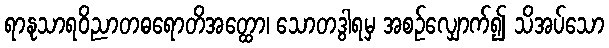
ရာနုသာရဝိညာတဓရောတိအတ္ထော၊ သောတဒွါရမှ အစဉ်လျှောက်၍ သိအပ်သော